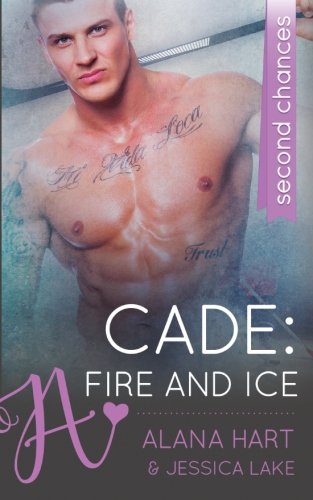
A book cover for Cade: Fire And Ice; Alana Hart; Romance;